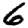
Digit: 6